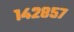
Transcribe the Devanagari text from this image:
१४२८५७